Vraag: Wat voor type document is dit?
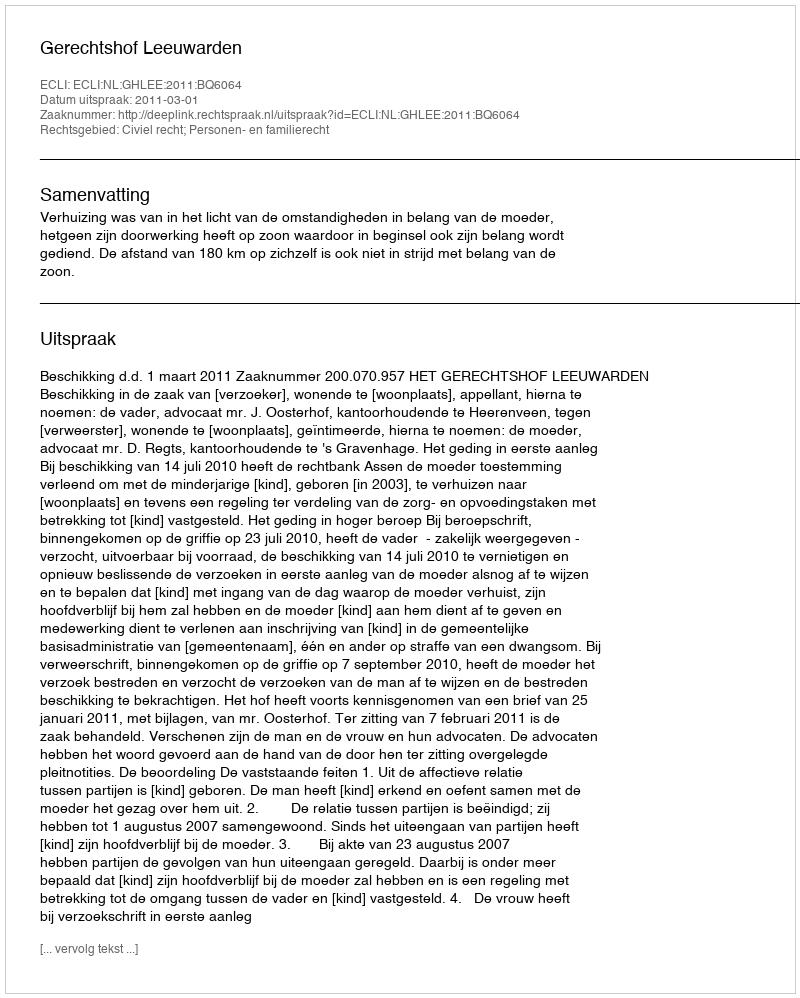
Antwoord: Uitspraak